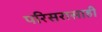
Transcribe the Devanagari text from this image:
परिसरासाही